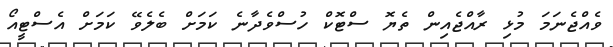
ވެއްޖެނަމަ މުޅި ރާއްޖެއިން ތެޔޮ ސްޓޮކް ހުސްވެދާނެ ކަމަށް ބެލެވޭ ކަމަށް އެސްޓީއޯ